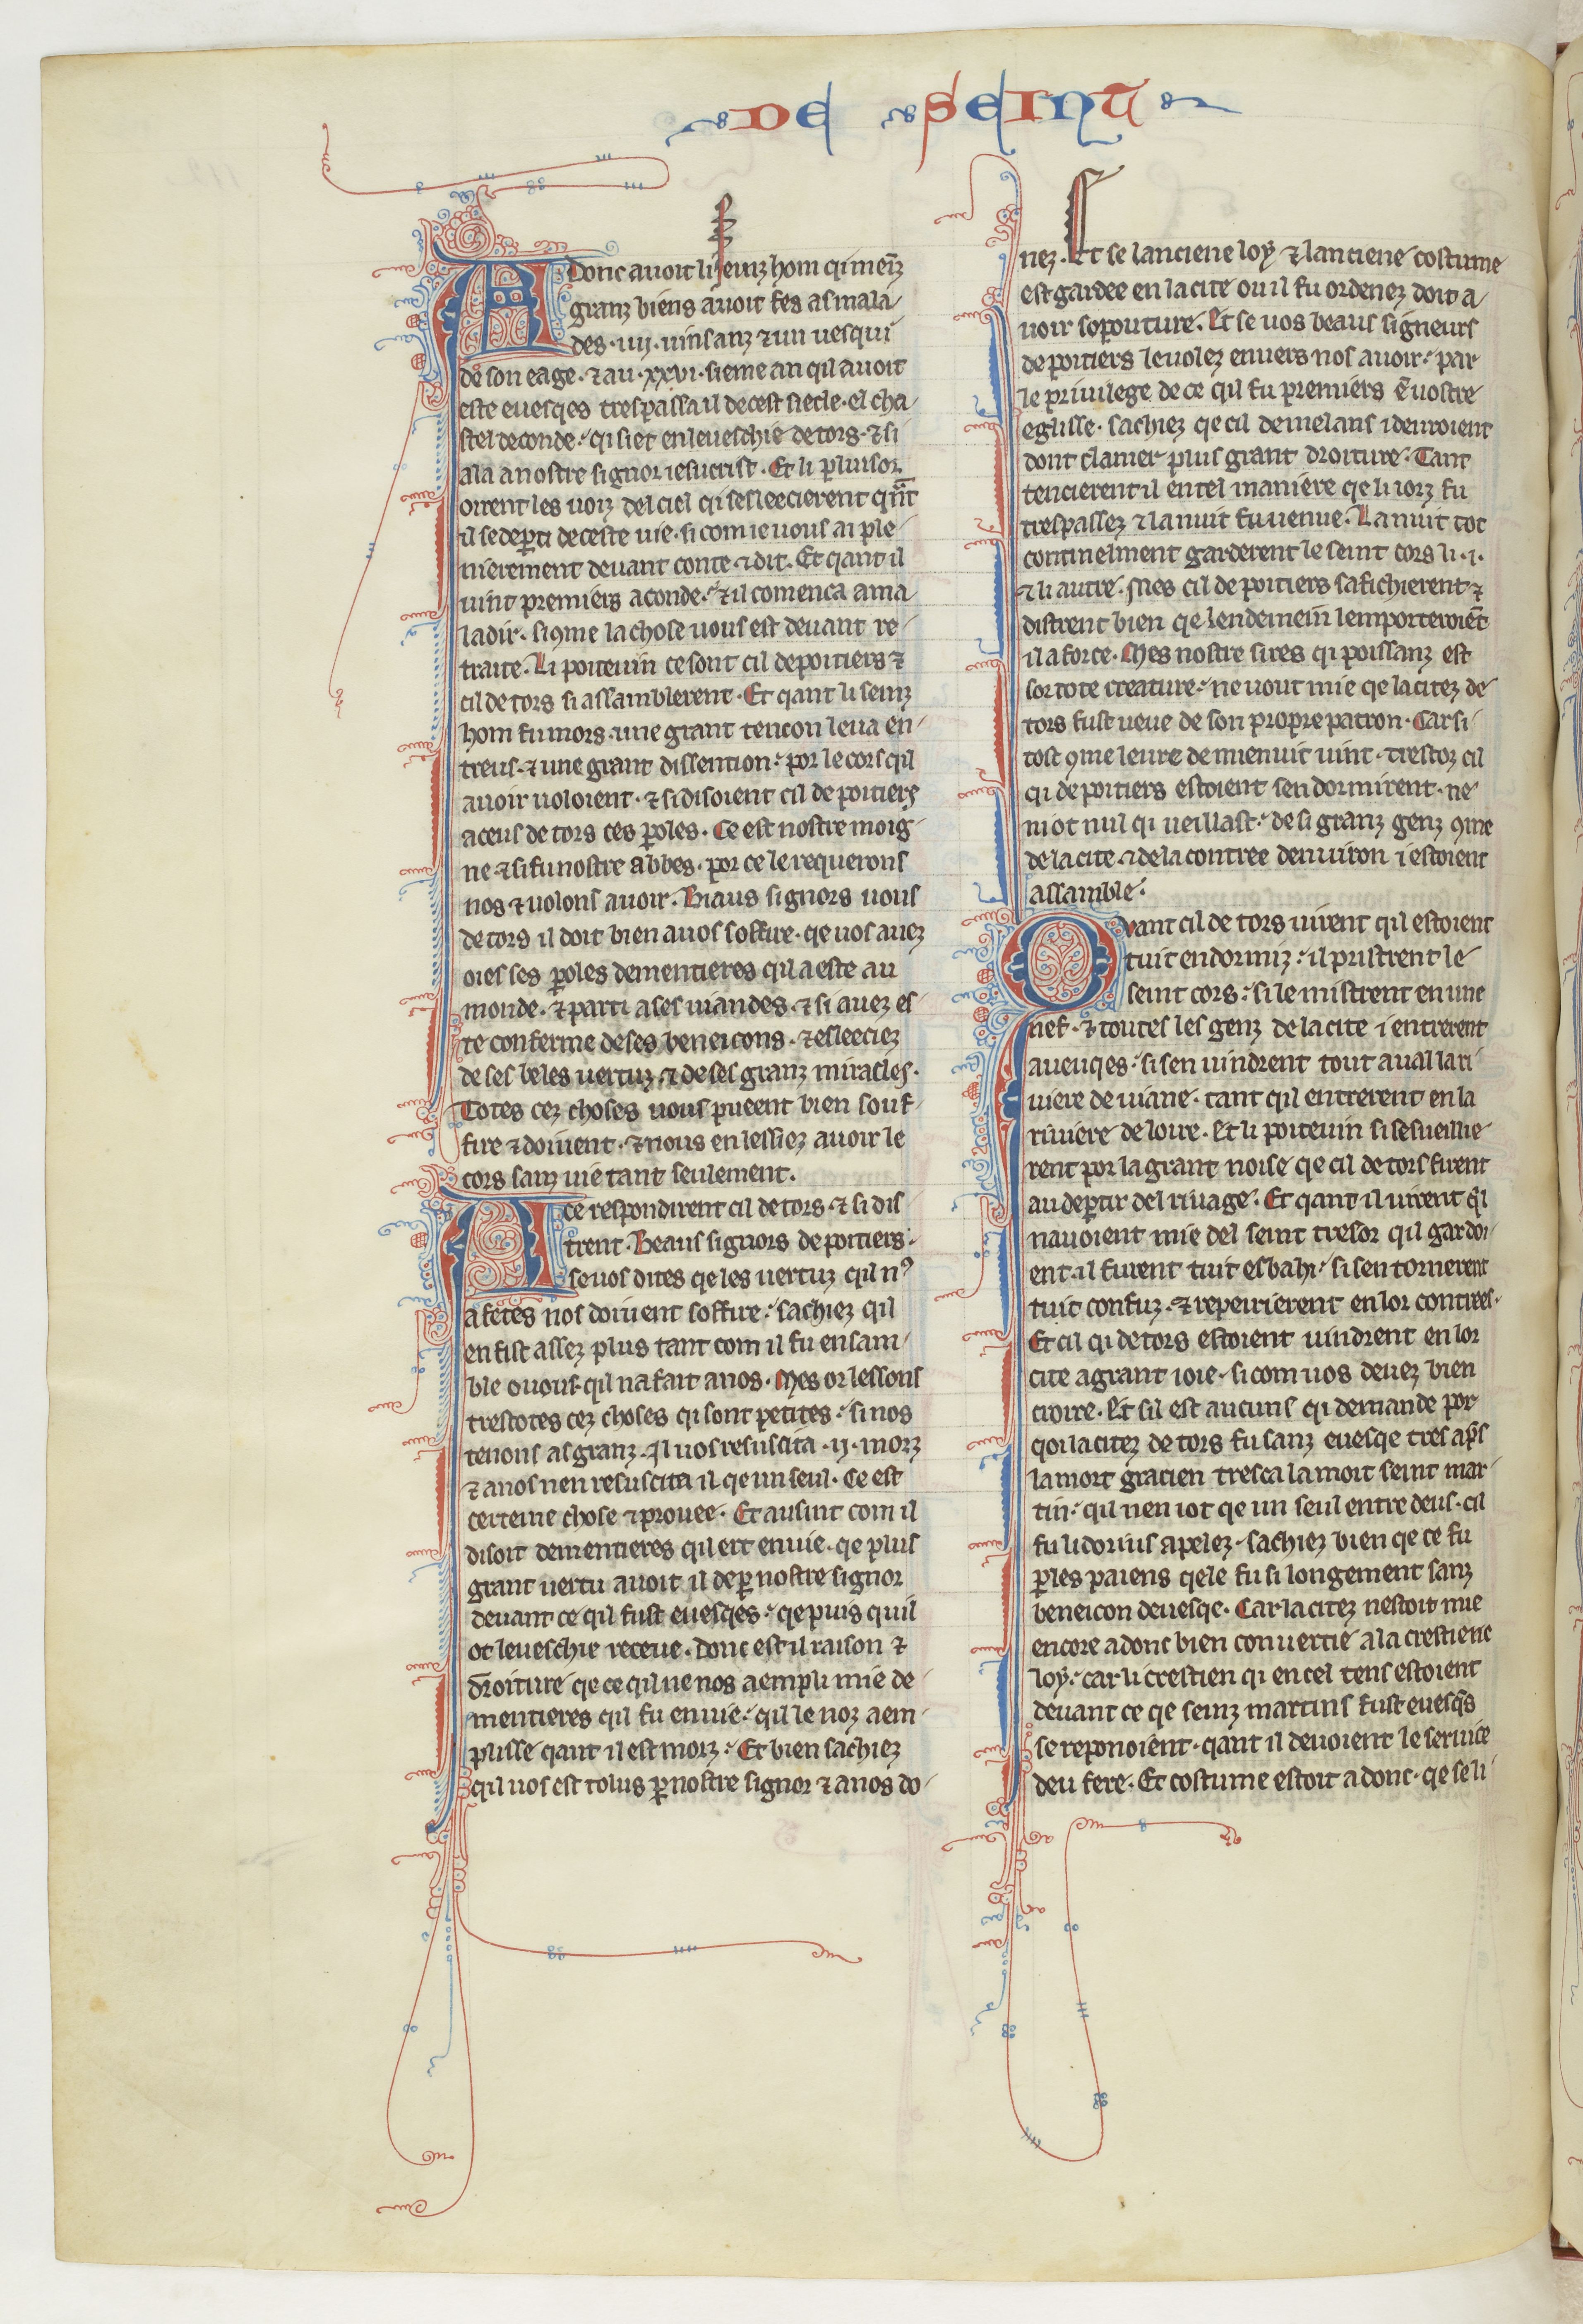
Shelfmark: Paris, BnF, fr. 412
Century: 13